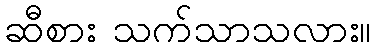
ဆီစား သက်သာသလား။